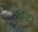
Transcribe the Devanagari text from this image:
वक़ार